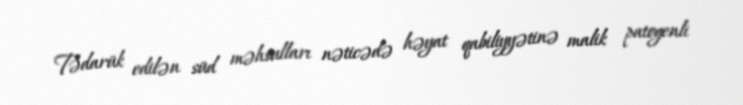
Tədarük edilən süd məhsulları nəticədə həyat qabiliyyətinə malik patogenli